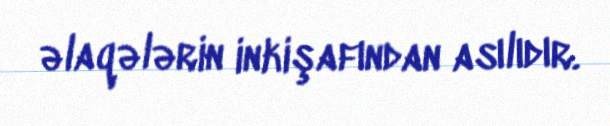
əlaqələrin inkişafından asılıdır.